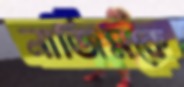
নাজিমকে